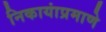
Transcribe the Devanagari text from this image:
निकायांप्रमाणे